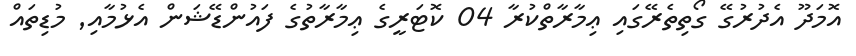
އޮމަދޫ އެދުރުގޭ ގޯތިތެރޭގައި ޢިމާރާތްކުރާ 04 ކޮޓަރީގެ ޢިމާރާތުގެ ފައުންޑޭޝަން އެޅުމާއި